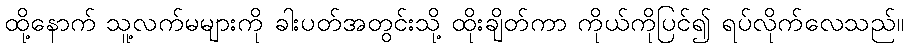
ထို့နောက် သူ့လက်မများကို ခါးပတ်အတွင်းသို့ ထိုးချိတ်ကာ ကိုယ်ကိုပြင်၍ ရပ်လိုက်လေသည်။